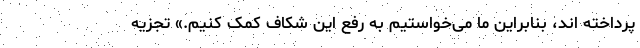
پرداخته اند، بنابراین ما می‌خواستیم به رفع این شکاف کمک کنیم.» تجزیه